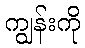
ကျွန်းကို